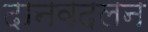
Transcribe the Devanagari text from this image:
दानवदलन